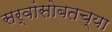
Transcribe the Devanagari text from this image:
सर्वांसोबतच्या